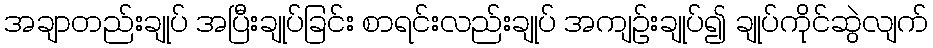
အချာတည်းချုပ် အပြီးချုပ်ခြင်း စာရင်းလည်းချုပ် အကျဉ်းချုပ်၍ ချုပ်ကိုင်ဆွဲလျက်